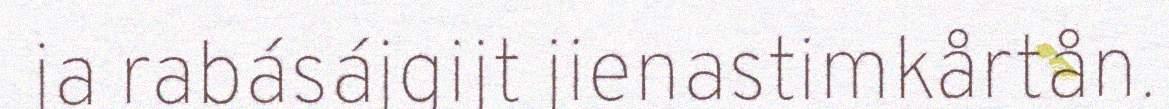
ja rabásájgijt jienastimkårtån.